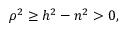
\rho ^ { 2 } \geq h ^ { 2 } - n ^ { 2 } > 0 ,